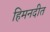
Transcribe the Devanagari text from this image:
हिमनदीत